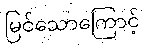
မြင်သောကြောင့်